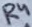
Text: R4